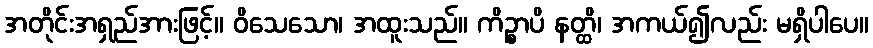
အတိုင်းအရှည်အားဖြင့်။ ဝိသေသော၊ အထူးသည်။ ကိဉ္စာပိ နတ္ထိ၊ အကယ်၍လည်း မရှိပါပေ။